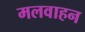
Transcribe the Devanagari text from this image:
मलवाहन